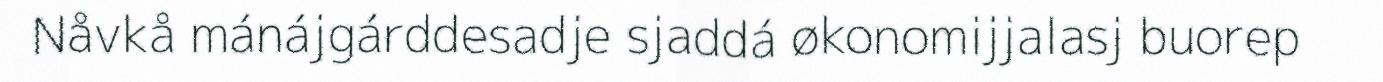
Nåvkå mánájgárddesadje sjaddá økonomijjalasj buorep